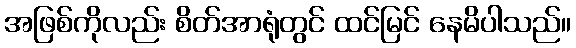
အဖြစ်ကိုလည်း စိတ်အာရုံတွင် ထင်မြင် နေမိပါသည်။